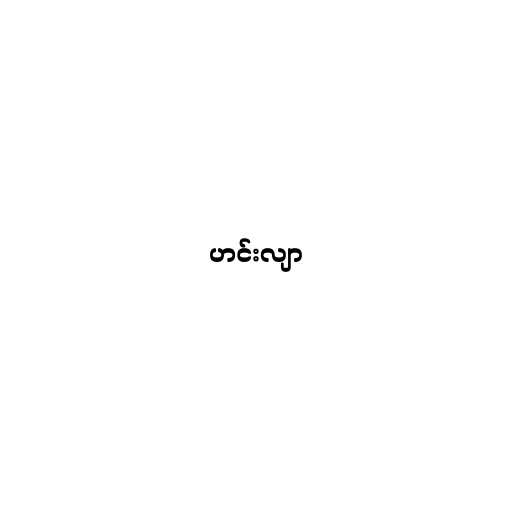
ဟင်းလျာ